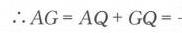
\(\therefore AG = AQ + GQ = -\)